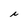
Character: i